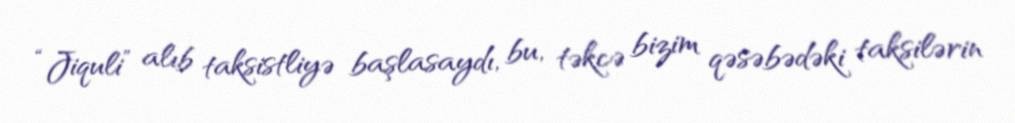
“Jiquli” alıb taksistliyə başlasaydı, bu, təkcə bizim qəsəbədəki taksilərin